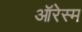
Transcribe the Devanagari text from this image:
ऑरेस्म